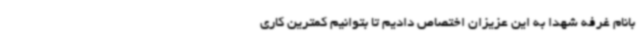
بانام غرفه شهدا به این عزیزان اختصاص دادیم تا بتوانیم کمترین کاری